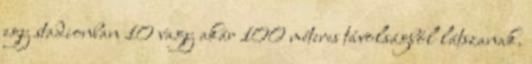
egy stadionban 10 vagy akár 100 méteres távolságból látszanak.